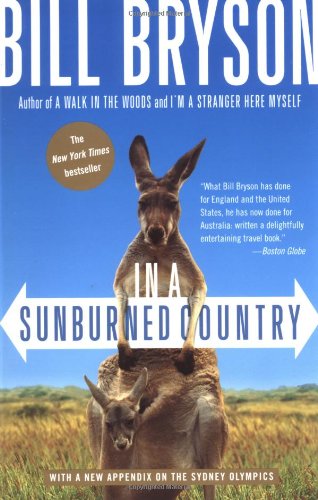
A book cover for In a Sunburned Country; Bill Bryson; Biographies & Memoirs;